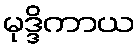
မုဒ္ဒိကာယ